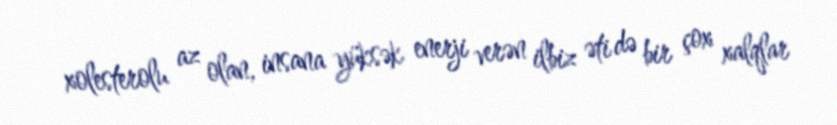
xolesterolu az olan, insana yüksək enerji verən ilbiz əti də bir çox xalqlar